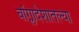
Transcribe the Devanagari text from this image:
बांग्लादेशातल्या